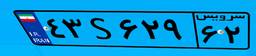
۸۲S۵۶۶۶۵